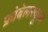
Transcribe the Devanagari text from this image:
फ्रोबेलस्कूल